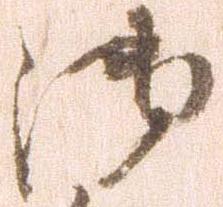
御